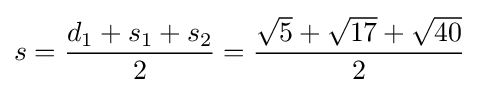
s={\frac {d_{1}+s_{1}+s_{2}}{2}}={\frac {{\sqrt {5}}+{\sqrt {17}}+{\sqrt {40}}}{2}}